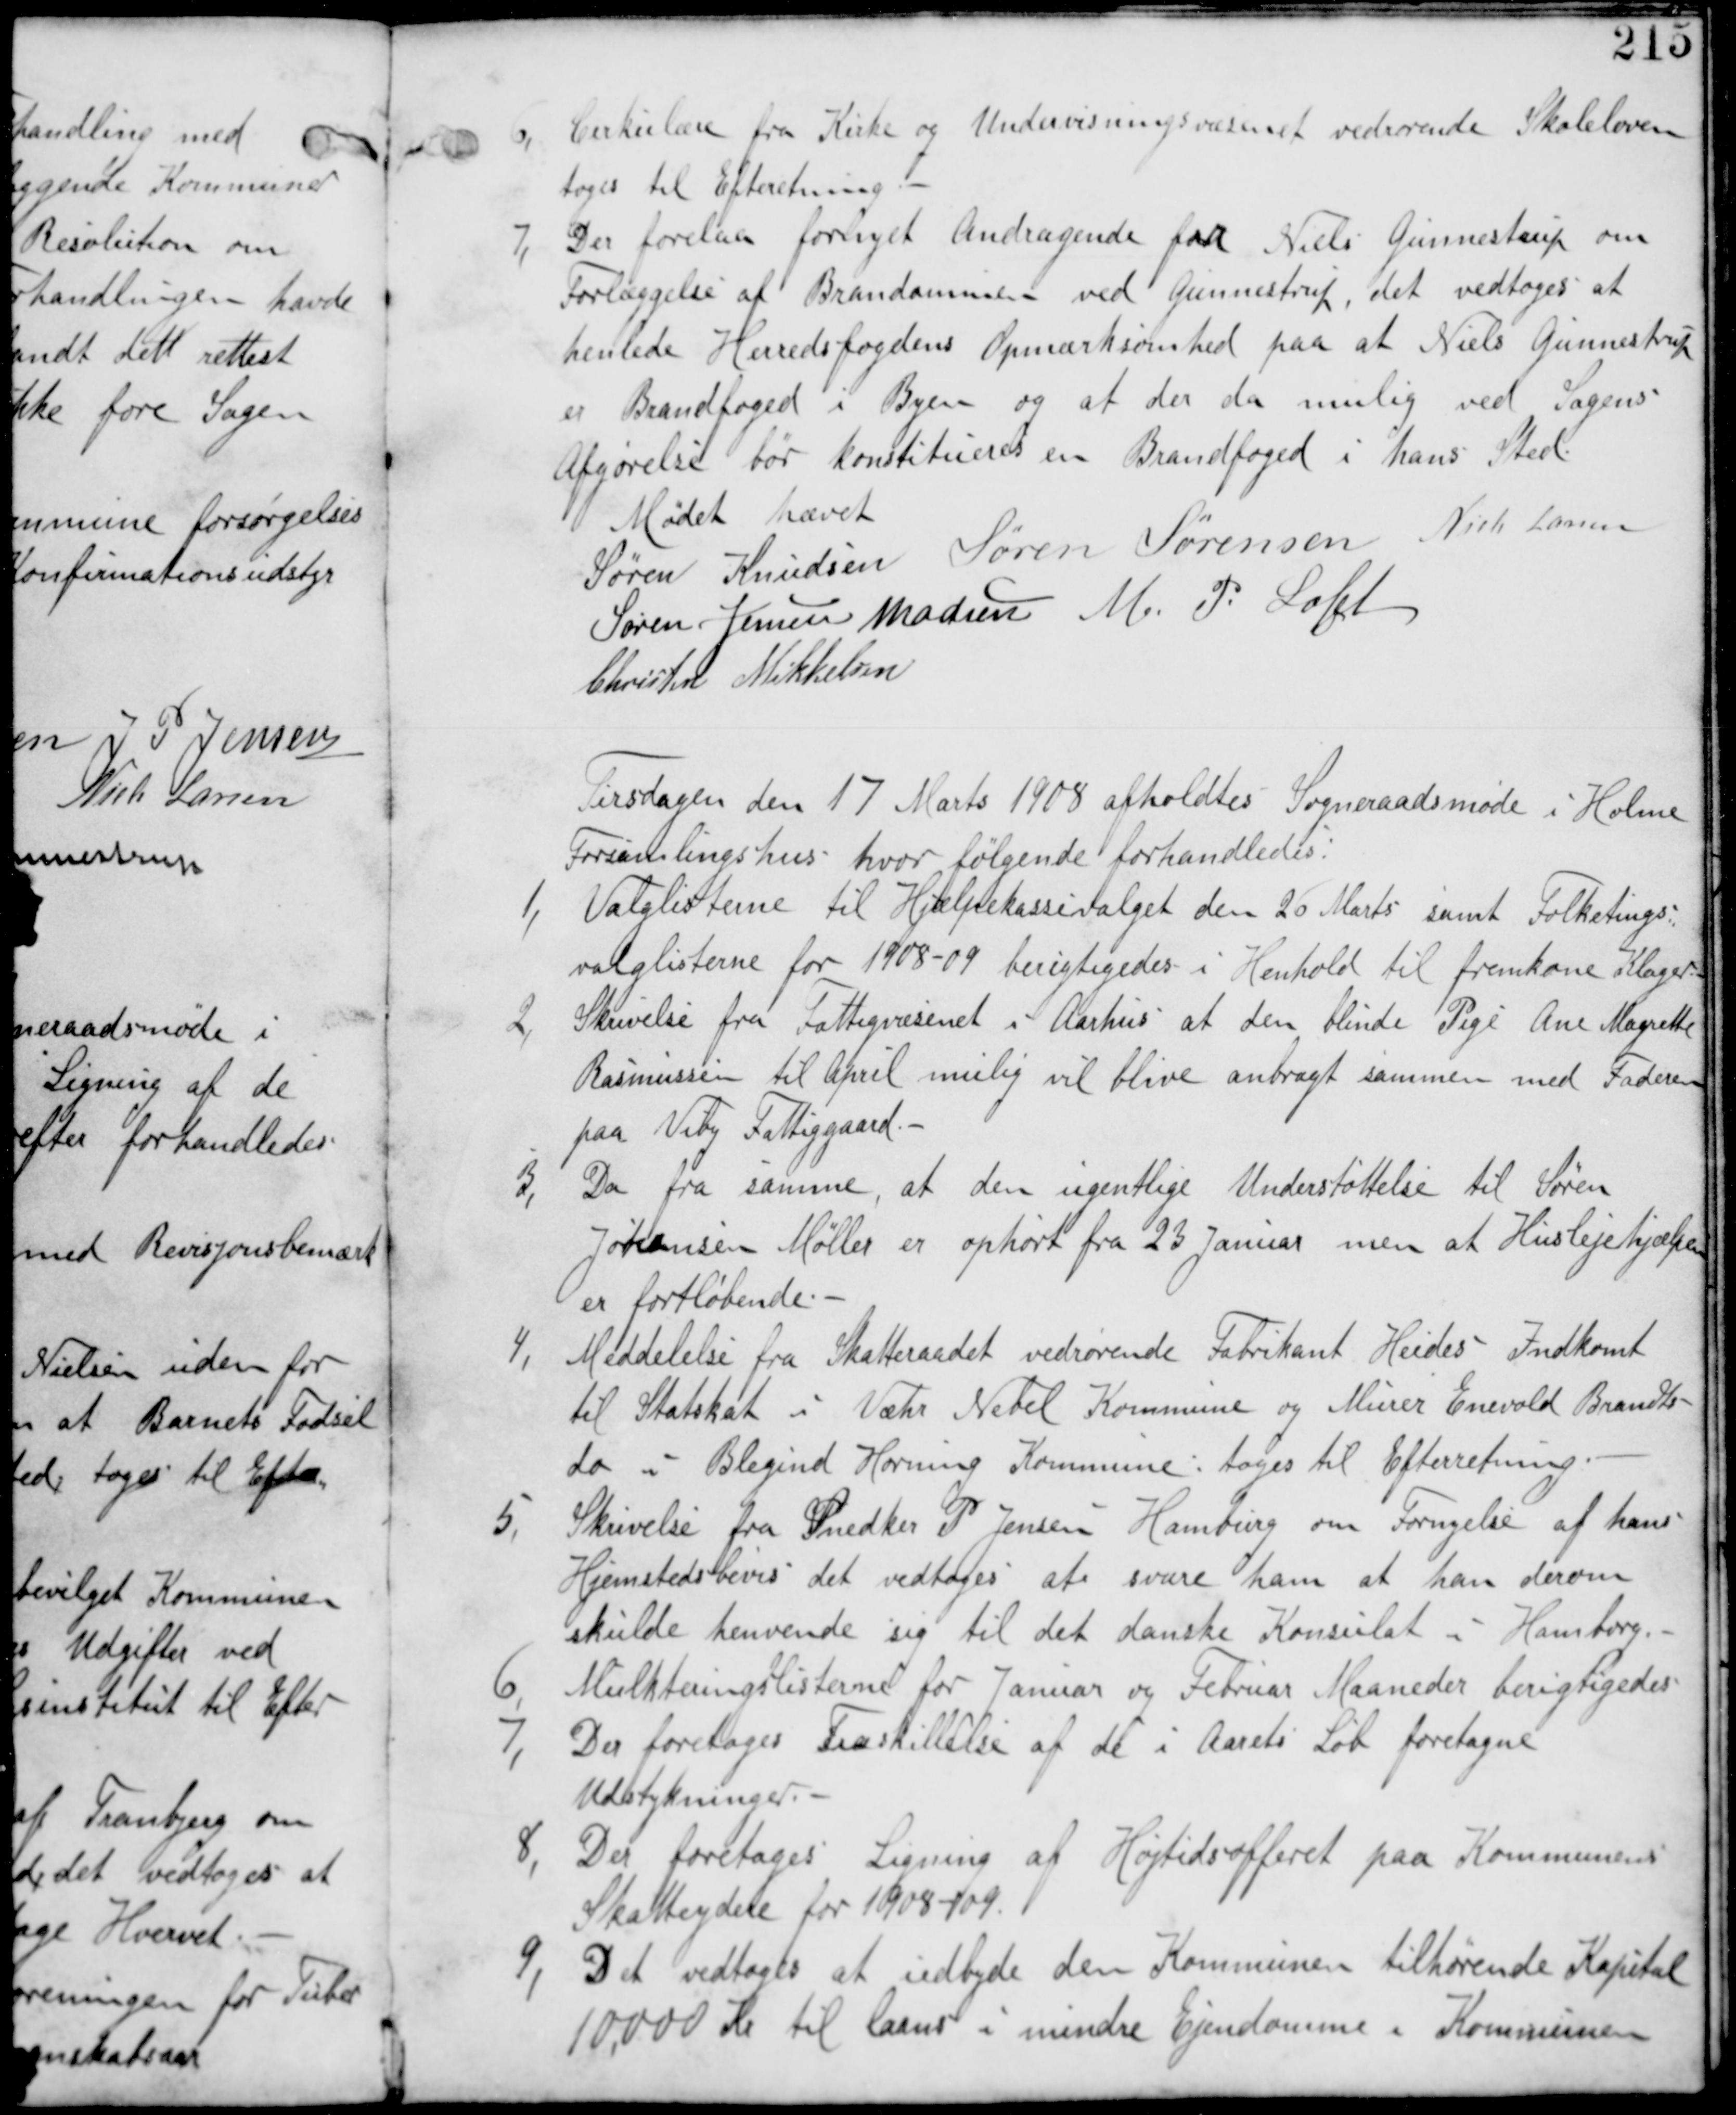
Transskription:
6,
Cirkulære fra Kirke og Undervisningsministeriet vedrørende Skoleloven
tages til Efterretning.

7, Der forelaa fornyet Andragende fra Niels Gunnestrup om
Forlæggelse af Branddammen ved Gunnestrup. det vedtages at
henlede Herredsfogedens opmærksomhed paa at Niels Gunnestrup
er Brandfoged i Byen og at der da milig ved Sagens
Afgørelse bør bør konstitueres en Brandfoged i hans Sted

Mødet hævet
Søren Knudsen Søren Sørensen Niels Lassen
Søren Jensen Madsen M. P. Loft
Christen Mikkelsen

Tirsdagen den 17 Marts 1908 afholdes Sogneraadsmøde i Holme
Forsamlingshus hvor følgende forhandledes.

1, Valglisterne til Hjælpekassevalget den 20 Marts samt Folketings
valglisterne for 1908-09 berigtiges i Henhold til fremkone Klager.

2, Skrivelse fra Fattigvæsenet i Aarhus at den blinde Pige Ane Margrethe
Rasmussen til April mulig vil blive anbragt sammen med Faderen
paa Viby Fattiggaard.-

3, Da fra samme, at den ugentlige Understøttelse til Søren
Johansen Møller er ophørt fra 23 Januar men at Huslejehjælpen
er fortløbende.

4, Meddelelse fra Skatteraadet veddrøreende Fabrikant Heides Indkomst
til Statsskat i Væhr Nebel Kommune og Murer Enevold Brandts
do i Blegind Hørning Kommune. tages til Efterretning.-

5,
Skrivelse fra Snedker P Jensen Hamburg om Fornyelse af hans
Hjemstedsbevis det vedtages at svare ham at han derom
skulde henvende sig til det danske Konsulat i Hamburg.-

6, Mulkterings Listerne for Januar og Februar Maaneder berigtiges.

7,
Der forligger Fraskillelse af de i Aarets Løb foretagne
Udstykninger.

8, Der foretages Ligning af Højtidsofferet paa Kommunens
Skatteydelse for 1908-09.

9, Det vedtages at udbyde den Kommunen tilhørende Kapital
10,000 Kr til laans i mindre Ejendomme i Kommunen.